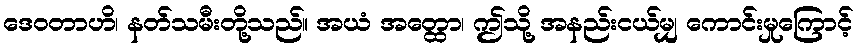
ဒေဝတာဟိ၊ နတ်သမီးတို့သည်။ အယံ အတ္ထော၊ ဤသို့ အနည်းငယ်မျှ ကောင်းမှုကြောင့်